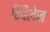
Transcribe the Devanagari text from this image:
स्पिलेज